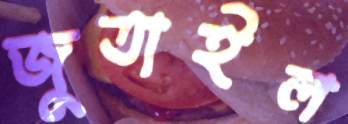
জুতাইল